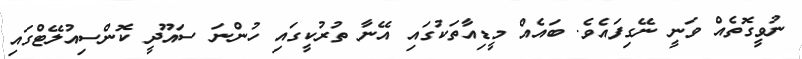
ނުވީގޮތެއް ވަނީ ނޭގިފައެވެ. ބައެއް މީޑިއާތަކުގައި އޭނާ ތުރުކީގައި ހުންނަ ސައޫދީ ކޮންސިއުލޭޓްގައި